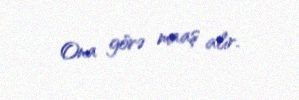
Ona görə maaş alır.